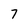
Character: 7